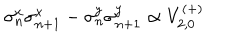
\sigma _ { n } ^ { x } \sigma _ { n + 1 } ^ { x } - \sigma _ { n } ^ { y } \sigma _ { n + 1 } ^ { y } \propto V _ { 2 , 0 } ^ { ( + ) }